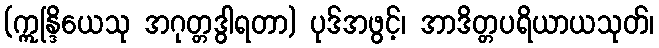
(ဣန္ဒြိယေသု အဂုတ္တဒွါရတာ) ပုဒ်အဖွင့်၊ အာဒိတ္တပရိယာယသုတ်၊